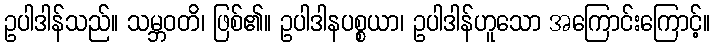
ဥပါဒါန်သည်။ သမ္ဘဝတိ၊ ဖြစ်၏။ ဥပါဒါနပစ္စယာ၊ ဥပါဒါန်ဟူသော အကြောင်းကြောင့်။